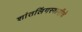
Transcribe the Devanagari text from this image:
शांतलिंगस्वामीचे